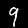
Digit: 9